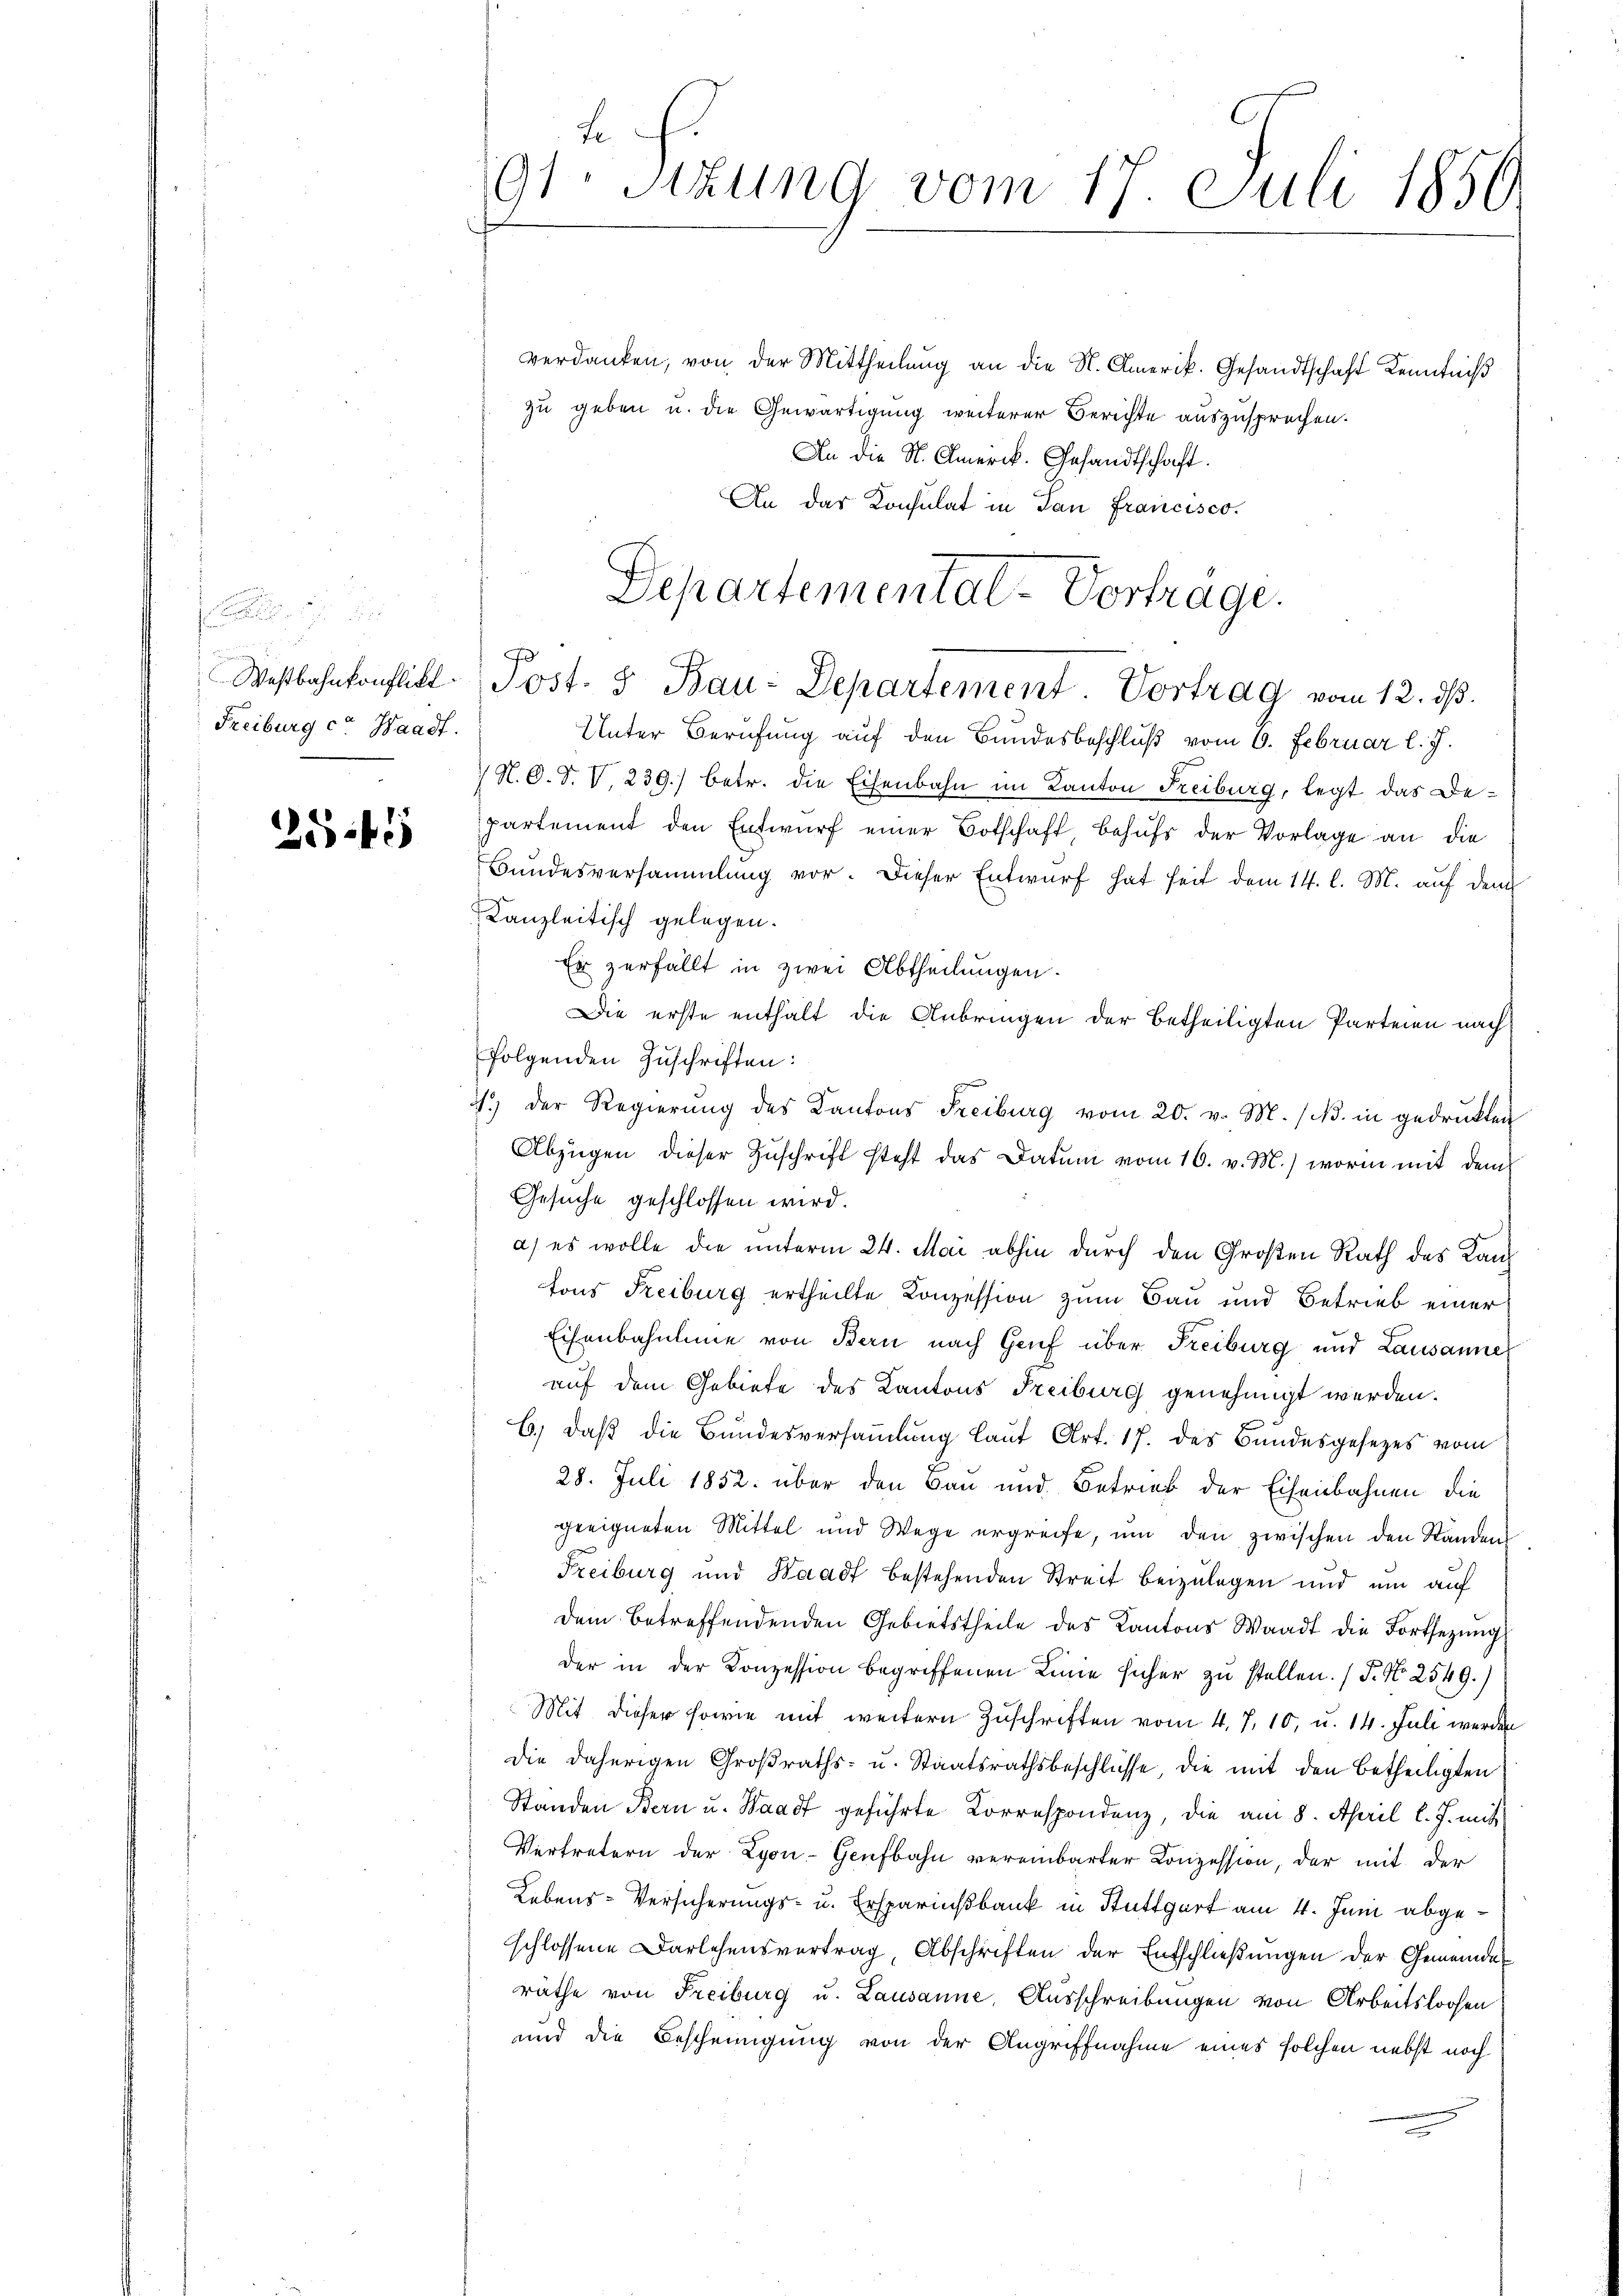
s
Westbahnkonflikt
Freiburg co Waadt.

2545

verdanken, von der Mittheilung an die N. Amerik. Gesandtschaft Kenntniß
zu geben u. die Gewärtigung weiterer Berichte auszusprechen.
An die St. Amerik. Gesandtschaft.
An das Konsulat in San Francisco

fe.
91. Sitzung vom 17. Juli 1850.

Unter Berufung auf den Bundesbeschluß vom 6. Februar l. J.
 N. O. S. V 239.) betr. die Eisenbahn im Kanton Freiburg, legt das Departement den Entwurf einer Botschaft behufs der Vorlage an die
Bundesversammlung vor. Dieser Entwurf hat heit dem 14. l. M. auf dem
Kanzleitisch gelegen.
Er zerfällt in zwei Abtheilungen.
Die erste enthalt die Anbringen der betheiligten Parteien nach
folgenden Zuschriften:
1.) Der Regierung des Kantons Freiburg vom 20. v. M. (N. in gedrukten
Abzügen dieser Zuschrift steht das Datum vom 16. v. M.) worin mit dem
Gesuche geschlossen wird.
a) es wolle die unterm 24. Mai abhin durch den Großen Rath des Kantons Freiburg ertheilte Conzession zum Bau und Betrieb einer
Eisenbahnlinie von Bern nach Gruf über Freiburg und Lausanne
auf dem Gebiete des Kantons Freiburg genehmigt werden.
b.) daß die Bundesversammlung laut Art. 17. des Bundesgesezes vom
28. Juli 1852. über den Bau und Betrieb der Eisenbahnen die
geeigneten Mittel und Wege ergreife, um den zwischen den Ständen
Freiburg und Waadt bestehenden Streit beizulegen und um auf
dem betreffendenden Gebietstheile des Kantons Waadt die Fortsetzŭng
der in der Konzession begriffenen Linie sicher zu stellen. (T. N. 2549.)
Mit dieser sowie mit weitern Zuschriften vom 4. 7. 10, u. 14. Juli werden
die daherigen Großraths- u. Staatsrathsbeschlüsse, die mit den betheiligten
Standen Bern u. Waadt geführte Korrespondenz, die am 8. April l. J. mit
Vertretern der Lyon-Geufbahn vereinbarter Conzession, der mit der
Lebens-Versicherungs- u. Erspariusbank in Stuttgart am 4. Juni abgeschlossene Darlehensvertrag Abschriften der Entschließungen der Gemeinde
räthe von Freiburg u. Lausanne, Ausschreibungen von Arbeitsloosen
und die Bescheinigung von der Angriffnahme eines solchen nebst noch

Departemental-Vortrage.
Post. 3 Bau-Departement. Vortrag vom 12. dβ.